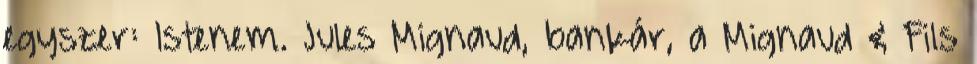
egyszer: Istenem. Jules Mignaud, bankár, a Mignaud & Fils